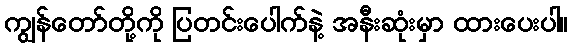
ကျွန်တော်တို့ကို ပြတင်းပေါက်နဲ့ အနီးဆုံးမှာ ထားပေးပါ။